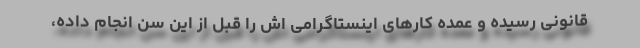
قانونی رسیده و عمده کارهای اینستاگرامی اش را قبل از این سن انجام داده،